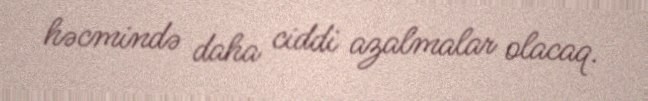
həcmində daha ciddi azalmalar olacaq.